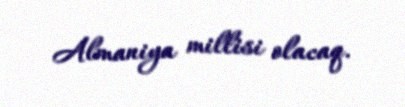
Almaniya millisi olacaq.